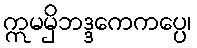
ဣမမှိဘဒ္ဒကေကပ္ပေ၊